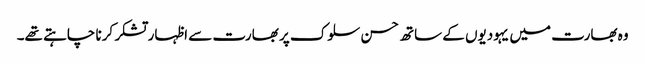
وہ بھارت میں یہودیوں کے ساتھ حسن سلوک پر بھارت سے اظہار تشکر کرنا چاہتے تھے۔